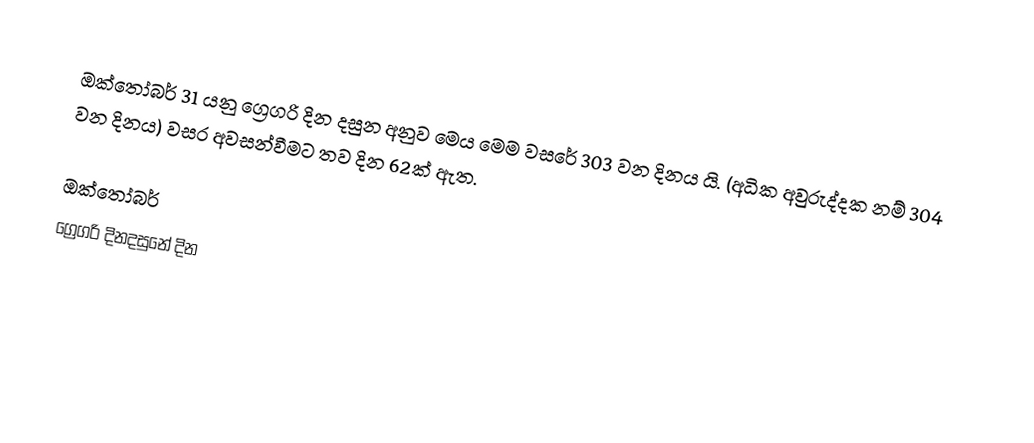
ඔක්තෝබර් 31 යනු ග්‍රෙගරි දින දසුන අනුව මෙය මෙම වසරේ 303 වන දිනය යි. (අධික අවුරුද්දක නම් 304 වන දිනය) වසර අවසන්වීමට තව දින 62ක් ඇත.

ඔක්තෝබර්
ග්‍රෙගරි දිනදසුනේ දින